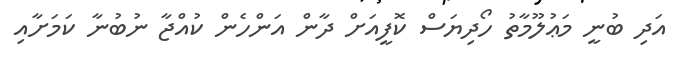
އަދި ބުނީ މަޢުލޫމާތު ހޯދިޔަސް ކޮފީއަށް ދާން އަންހެން ކުއްޖާ ނުބުނާ ކަމަށާއި